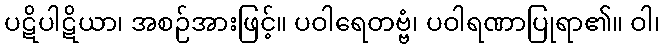
ပဋိပါဋိယာ၊ အစဉ်အားဖြင့်။ ပဝါရေတဗ္ဗံ၊ ပဝါရဏာပြုရာ၏။ ဝါ၊